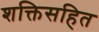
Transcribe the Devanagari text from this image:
शक्तिसहित